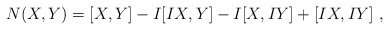
\begin{align*}N(X,Y)=[X,Y]-I[IX,Y]-I[X,IY]+[IX,IY]~,\end{align*}